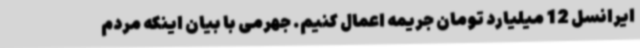
ایرانسل 12 میلیارد تومان جریمه اعمال کنیم. جهرمی با بیان اینکه مردم